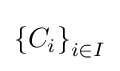
\left\{C_{i}\right\}_{i\in I}